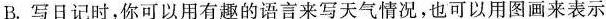
B.写日记时，你可以用有趣的语言来写天气情况，也可以用图画来表示